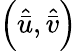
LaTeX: \left(\hat{\bar{u}},\hat{\bar{v}}\right)